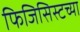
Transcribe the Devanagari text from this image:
फिजिसिस्टच्या